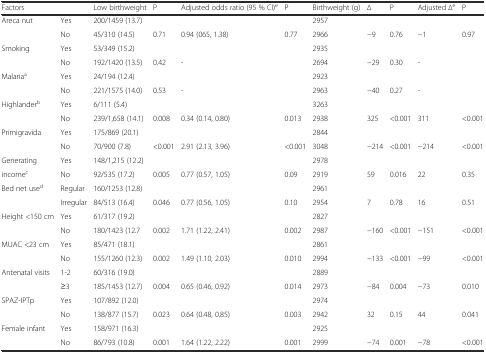
<table><thead><tr><td><b>Factors</b></td><td></td><td><b>Low birthweight</b></td><td><b>P</b></td><td><b>Adjusted odds ratio (95 % CI)<sup>e</sup></b></td><td><b>P</b></td><td><b>Birthweight (g)</b></td><td><b>∆</b></td><td><b>P</b></td><td><b>Adjusted ∆<sup>e</sup></b></td><td><b>P</b></td></tr></thead><tbody><tr><td>Areca nut</td><td>Yes</td><td>200/1459 (13.7)</td><td></td><td></td><td></td><td>2957</td><td></td><td></td><td></td><td></td></tr><tr><td></td><td>No</td><td>45/310 (14.5)</td><td>0.71</td><td>0.94 (065, 1.38)</td><td>0.77</td><td>2966</td><td>−9</td><td>0.76</td><td>−1</td><td>0.97</td></tr><tr><td>Smoking</td><td>Yes</td><td>53/349 (15.2)</td><td></td><td></td><td></td><td>2935</td><td></td><td></td><td></td><td></td></tr><tr><td></td><td>No</td><td>192/1420 (13.5)</td><td>0.42</td><td>-</td><td></td><td>2694</td><td>−29</td><td>0.30</td><td>-</td><td></td></tr><tr><td>Malaria<sup>a</sup></td><td>Yes</td><td>24/194 (12.4)</td><td></td><td></td><td></td><td>2923</td><td></td><td></td><td></td><td></td></tr><tr><td></td><td>No</td><td>221/1575 (14.0)</td><td>0.53</td><td>-</td><td></td><td>2963</td><td>−40</td><td>0.27</td><td>-</td><td></td></tr><tr><td>Highlander<sup>b</sup></td><td>Yes</td><td>6/111 (5.4)</td><td></td><td></td><td></td><td>3263</td><td></td><td></td><td></td><td></td></tr><tr><td></td><td>No</td><td>239/1,658 (14.1)</td><td>0.008</td><td>0.34 (0.14, 0.80)</td><td>0.013</td><td>2938</td><td>325</td><td>&lt;0.001</td><td>311</td><td>&lt;0.001</td></tr><tr><td>Primigravida</td><td>Yes</td><td>175/869 (20.1)</td><td></td><td></td><td></td><td>2844</td><td></td><td></td><td></td><td></td></tr><tr><td></td><td>No</td><td>70/900 (7.8)</td><td>&lt;0.001</td><td>2.91 (2.13, 3.96)</td><td>&lt;0.001</td><td>3048</td><td>−214</td><td>&lt;0.001</td><td>−214</td><td>&lt;0.001</td></tr><tr><td>Generating</td><td>Yes</td><td>148/1,215 (12.2)</td><td></td><td></td><td></td><td>2978</td><td></td><td></td><td></td><td></td></tr><tr><td>income<sup>c</sup></td><td>No</td><td>92/535 (17.2)</td><td>0.005</td><td>0.77 (0.57, 1.05)</td><td>0.09</td><td>2919</td><td>59</td><td>0.016</td><td>22</td><td>0.35</td></tr><tr><td>Bed net use<sup>d</sup></td><td>Regular</td><td>160/1253 (12.8)</td><td></td><td></td><td></td><td>2961</td><td></td><td></td><td></td><td></td></tr><tr><td></td><td>Irregular</td><td>84/513 (16.4)</td><td>0.046</td><td>0.77 (0.56, 1.05)</td><td>0.10</td><td>2954</td><td>7</td><td>0.78</td><td>16</td><td>0.51</td></tr><tr><td>Height &lt;150 cm</td><td>Yes</td><td>61/317 (19.2)</td><td></td><td></td><td></td><td>2827</td><td></td><td></td><td></td><td></td></tr><tr><td></td><td>No</td><td>180/1423 (12.7</td><td>0.002</td><td>1.71 (1.22, 2.41)</td><td>0.002</td><td>2987</td><td>−160</td><td>&lt;0.001</td><td>−151</td><td>&lt;0.001</td></tr><tr><td>MUAC &lt;23 cm</td><td>Yes</td><td>85/471 (18.1)</td><td></td><td></td><td></td><td>2861</td><td></td><td></td><td></td><td></td></tr><tr><td></td><td>No</td><td>155/1260 (12.3)</td><td>0.002</td><td>1.49 (1.10, 2.03)</td><td>0.010</td><td>2994</td><td>−133</td><td>&lt;0.001</td><td>−99</td><td>&lt;0.001</td></tr><tr><td>Antenatal visits</td><td>1-2</td><td>60/316 (19.0)</td><td></td><td></td><td></td><td>2889</td><td></td><td></td><td></td><td></td></tr><tr><td></td><td>≥3</td><td>185/1453 (12.7)</td><td>0.004</td><td>0.65 (0.46, 0.92)</td><td>0.014</td><td>2973</td><td>−84</td><td>0.004</td><td>−73</td><td>0.010</td></tr><tr><td>SPAZ-IPTp</td><td>Yes</td><td>107/892 (12.0)</td><td></td><td></td><td></td><td>2974</td><td></td><td></td><td></td><td></td></tr><tr><td></td><td>No</td><td>138/877 (15.7)</td><td>0.023</td><td>0.64 (0.48, 0.85)</td><td>0.003</td><td>2942</td><td>32</td><td>0.15</td><td>44</td><td>0.041</td></tr><tr><td>Female infant</td><td>Yes</td><td>158/971 (16.3)</td><td></td><td></td><td></td><td>2925</td><td></td><td></td><td></td><td></td></tr><tr><td></td><td>No</td><td>86/793 (10.8)</td><td>0.001</td><td>1.64 (1.22, 2.22)</td><td>0.001</td><td>2999</td><td>−74</td><td>0.001</td><td>−78</td><td>&lt;0.001</td></tr></tbody></table>